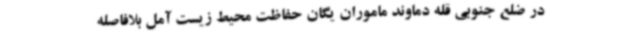
در ضلع جنوبی قله دماوند ماموران یگان حفاظت محیط زیست آمل بلافاصله